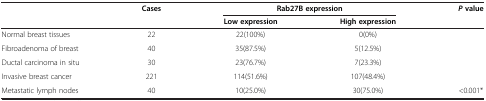
|  | Cases | <COLSPAN=2> Rab27B expression | P value |
 |  |  | Low expression | High expression |  |
 | --- | --- | --- | --- | --- |
 | Normal breast tissues | 22 | 22(100%) | 0(0%) |  |
 | Fibroadenoma of breast | 40 | 35(87.5%) | 5(12.5%) |  |
 | Ductal carcinoma in situ | 30 | 23(76.7%) | 7(23.3%) |  |
 | Invasive breast cancer | 221 | 114(51.6%) | 107(48.4%) |  |
 | Metastatic lymph nodes | 40 | 10(25.0%) | 30(75.0%) | <0.001* |